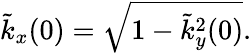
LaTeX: \tilde{k}_{x}(0)=\sqrt{1-\tilde{k}_{y}^{2}(0)}.